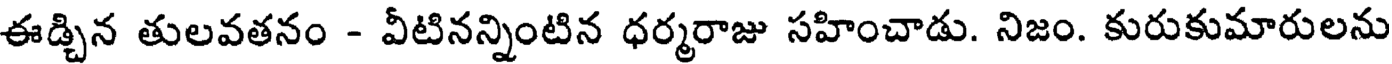
ఈడ్చిన తులవతనం - వీటినన్నింటిన ధర్మరాజు సహించాడు. నిజం. కురుకుమారులను